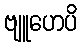
ဗျူဟေပိ